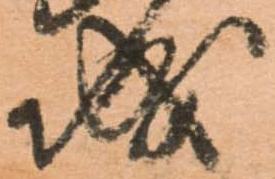
城